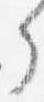
了